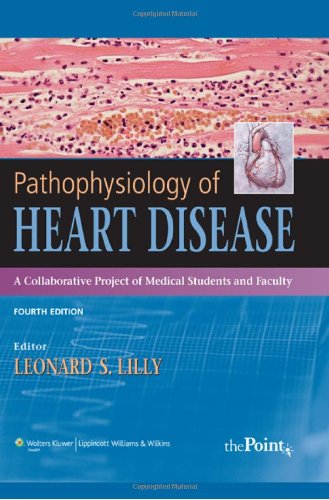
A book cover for Pathophysiology of Heart Disease: A Collaborative Project of Medical Students and Faculty, 4th Edition; Medical Books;